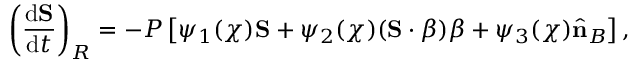
\left( \frac { \mathrm { d } { \bf S } } { \mathrm { d } t } \right) _ { R } = - P \left[ \psi _ { 1 } ( \chi ) { \bf S } + \psi _ { 2 } ( \chi ) ( { \bf S } \cdot { \boldsymbol \beta } ) { \boldsymbol \beta } + \psi _ { 3 } ( \chi ) { \hat { \bf n } } _ { B } \right] ,